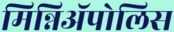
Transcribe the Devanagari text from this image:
मिन्निअॅपोलिस